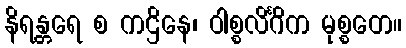
နိရန္တရေ စ ကဌိနေ၊ ဝါစ္စလိင်္ဂိက မုစ္စတေ။